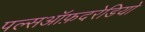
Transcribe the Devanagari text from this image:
पल्सऑफ़दरेडियो